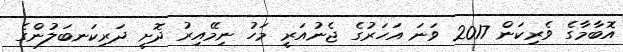
އޮބާމާގެ ވެރިކަން 2017 ވަނަ އަހަރުގެ ޖެނުއަރީ މަހު ނިމޭއިރު ދޮށީ ދަރިކަނބަލުންގެ